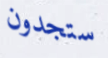
ستجدون